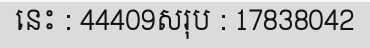
នេះ : 44409សរុប : 17838042